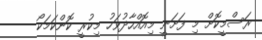
ރަސްމީކޮށް މި ފަށަނީ މިއޮއްހާދުވަހު މިކުރީ ކޮންކަމަކޯ